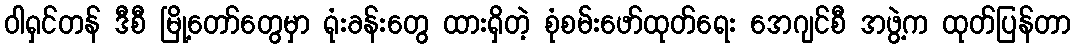
ဝါရှင်တန် ဒီစီ မြို့တော်တွေမှာ ရုံးခန်းတွေ ထားရှိတဲ့ စုံစမ်းဖော်ထုတ်ရေး အေဂျင်စီ အဖွဲ့က ထုတ်ပြန်တာ